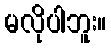
မလိုပါဘူး။